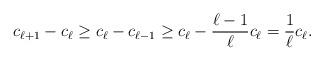
LaTeX: \begin{align*}c_{\ell+1} - c_\ell &\geq c_\ell- c_{\ell-1} \geq c_\ell - \frac{\ell-1}{\ell} c_\ell = \frac{1}{\ell} c_\ell.\end{align*}